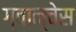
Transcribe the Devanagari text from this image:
ग्वान्चेस